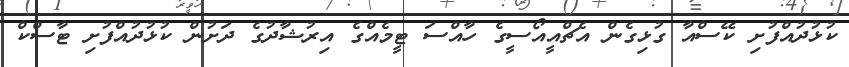
ކުޅުދުއްފުށި ކޭސްއާ ގުޅިގެން އެޗްއީއޯސީގެ ހާއްސަ ޓީމެއްގެ އިރުޝާދުގެ ދަށުން ކުޅުދުއްފުށި ޓާސްކް